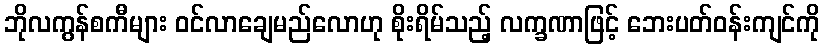
ဘိုလကွန်စကီများ ဝင်လာချေမည်လောဟု စိုးရိမ်သည့် လက္ခဏာဖြင့် ဘေးပတ်ဝန်းကျင်ကို